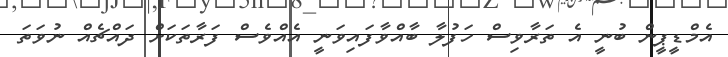
އެމްޑީޕީން ބުނީ އެ ތަރާވިސް ހަފުލާ ބާއްވާފައިވަނީ އެއްވެސް ފަރާތަކަށް ދައްޗެއް ނުވަތަ